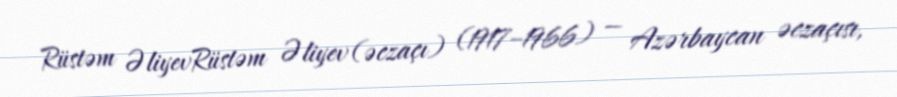
Rüstəm ƏliyevRüstəm Əliyev (əczaçı) (1917–1966) — Azərbaycan əczaçısı,